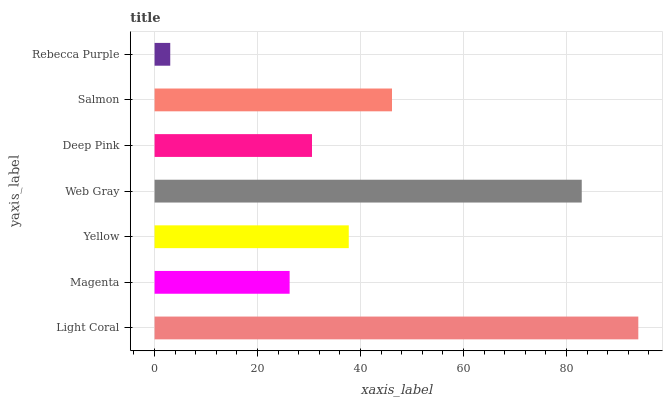
| yaxis_label | bars |
 | --- | --- |
 | Light Coral | 94 |
 | Magenta | 26.2 |
 | Yellow | 37.7 |
 | Web Gray | 83 |
 | Deep Pink | 30.6 |
 | Salmon | 46.1 |
 | Rebecca Purple | 3.04 |